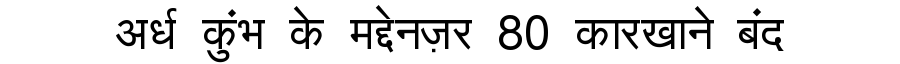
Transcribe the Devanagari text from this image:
अर्ध कुंभ के मद्देनज़र 80 कारखाने बंद